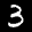
Label: 3